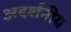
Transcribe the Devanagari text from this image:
अदर्शनीय